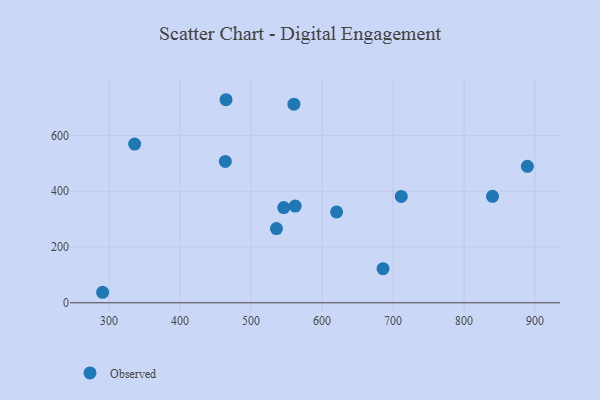
{"axis": {"x": "Experience", "y": "Fuel Efficiency"}, "legend": ["Observed"], "data": [{"x": "535.7", "y": 265.9, "type": "Observed"}, {"x": "463.7", "y": 506.6, "type": "Observed"}, {"x": "546.0", "y": 341.4, "type": "Observed"}, {"x": "620.4", "y": 325.6, "type": "Observed"}, {"x": "840.0", "y": 381.7, "type": "Observed"}, {"x": "336.0", "y": 569.1, "type": "Observed"}, {"x": "685.8", "y": 122.2, "type": "Observed"}, {"x": "889.1", "y": 489.3, "type": "Observed"}, {"x": "562.1", "y": 346.8, "type": "Observed"}, {"x": "464.7", "y": 727.9, "type": "Observed"}, {"x": "290.9", "y": 37.7, "type": "Observed"}, {"x": "711.5", "y": 381.3, "type": "Observed"}, {"x": "560.3", "y": 711.8, "type": "Observed"}]}